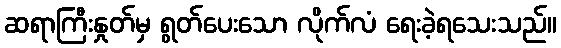
ဆရာကြီးနှုတ်မှ ရွတ်ပေးသော လိုက်လံ ရေးခဲ့ရသေးသည်။